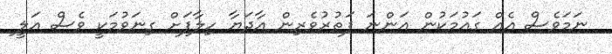
ނަމަވެސް އެއް ގައުމަކުން އަންނަ ފަތުރުވެރިން އާދަޔާ ހިލާފަށް ގިނަވުމަކީ ވެސް އަލީ